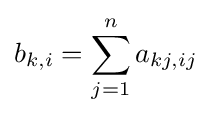
b_{k,i}=\sum _{j=1}^{n}a_{kj,ij}